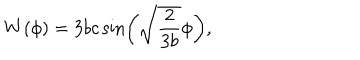
W ( \phi ) = 3 b c \sin \left( \sqrt { \frac { 2 } { 3 b } } \phi \right) ,